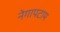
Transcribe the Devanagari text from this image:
नेगापटाम